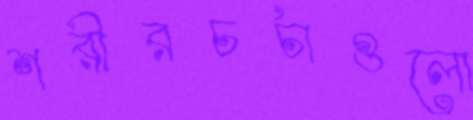
শরীরচর্চাগুলো